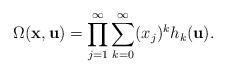
LaTeX: \begin{align*}\Omega(\mathbf{x}, \mathbf{u})=\prod_{j=1}^\infty \sum_{k = 0}^\infty (x_j)^k h_k(\mathbf{u}).\end{align*}